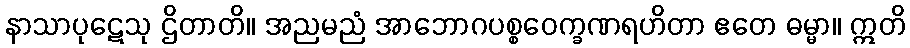
နာသာပုဋေသု ဌိတာတိ။ အညမညံ အာဘောဂပစ္စဝေက္ခဏရဟိတာ ဧတေ ဓမ္မာ။ ဣတိ